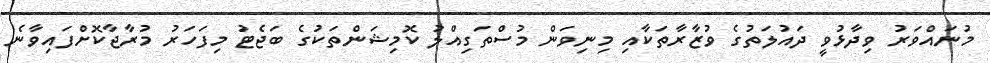
މުނައްވަރު ވިދާޅުވީ ދައުލަތުގެ ވުޒާރާތަކާއި މިނިވަން މުސްތަގިއްލު ކޮމިޝަންތަކުގެ ބަޖެޓު މިފަހަރު މުރާޖާކޮށްފައިވާނެ